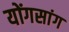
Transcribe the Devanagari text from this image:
योंगसांग